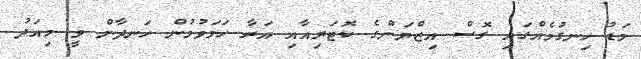
މަޑު ހިނގުމެއްގައި ގޮސް އިޒްޔަންގެ ކޮޓަރިއާއި އަރާ ހަމަވުމުން ހަނދާން ވީ މިއަދު